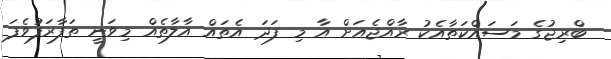
ބްރިޖުގެ މަސައްކަތާއެކު ރާއްޖެއަށް އާ މި ފަދަ އެތައް އާލާތެއް މިވަނީ ތަފާރަފުވެފަ